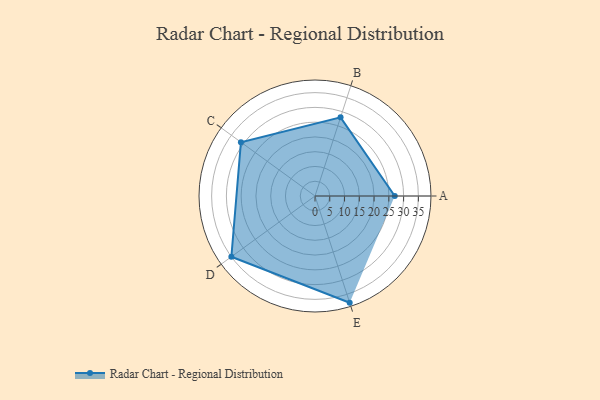
{"axis": {"x": "Skill", "y": "Score"}, "legend": ["Profile"], "data": [{"x": "A", "y": 27.0, "type": "Profile"}, {"x": "B", "y": 28.0, "type": "Profile"}, {"x": "C", "y": 31.0, "type": "Profile"}, {"x": "D", "y": 35.0, "type": "Profile"}, {"x": "E", "y": 38.0, "type": "Profile"}]}